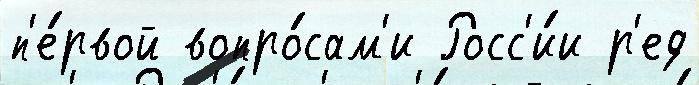
п'е́рвой вопро́сам'и Росс'и́и р'ед